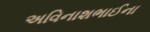
અવિનાશભાઈના